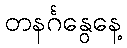
တနင်္ဂနွေနေ့